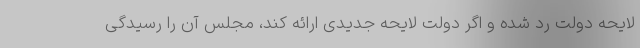
لایحه دولت رد شده و اگر دولت لایحه جدیدی ارائه کند، مجلس آن را رسیدگی